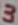
Text: 3